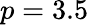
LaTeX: p=3.5